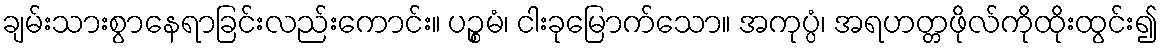
ချမ်းသားစွာနေရာခြင်းလည်းကောင်း။ ပဉ္စမံ၊ ငါးခုမြောက်သော။ အကုပ္ပံ၊ အရဟတ္တဖိုလ်ကိုထိုးထွင်း၍